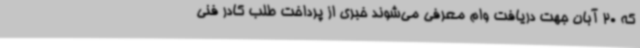
که 20 آبان جهت دریافت وام معرفی می‌شوند خبری از پرداخت طلب کادر فنی